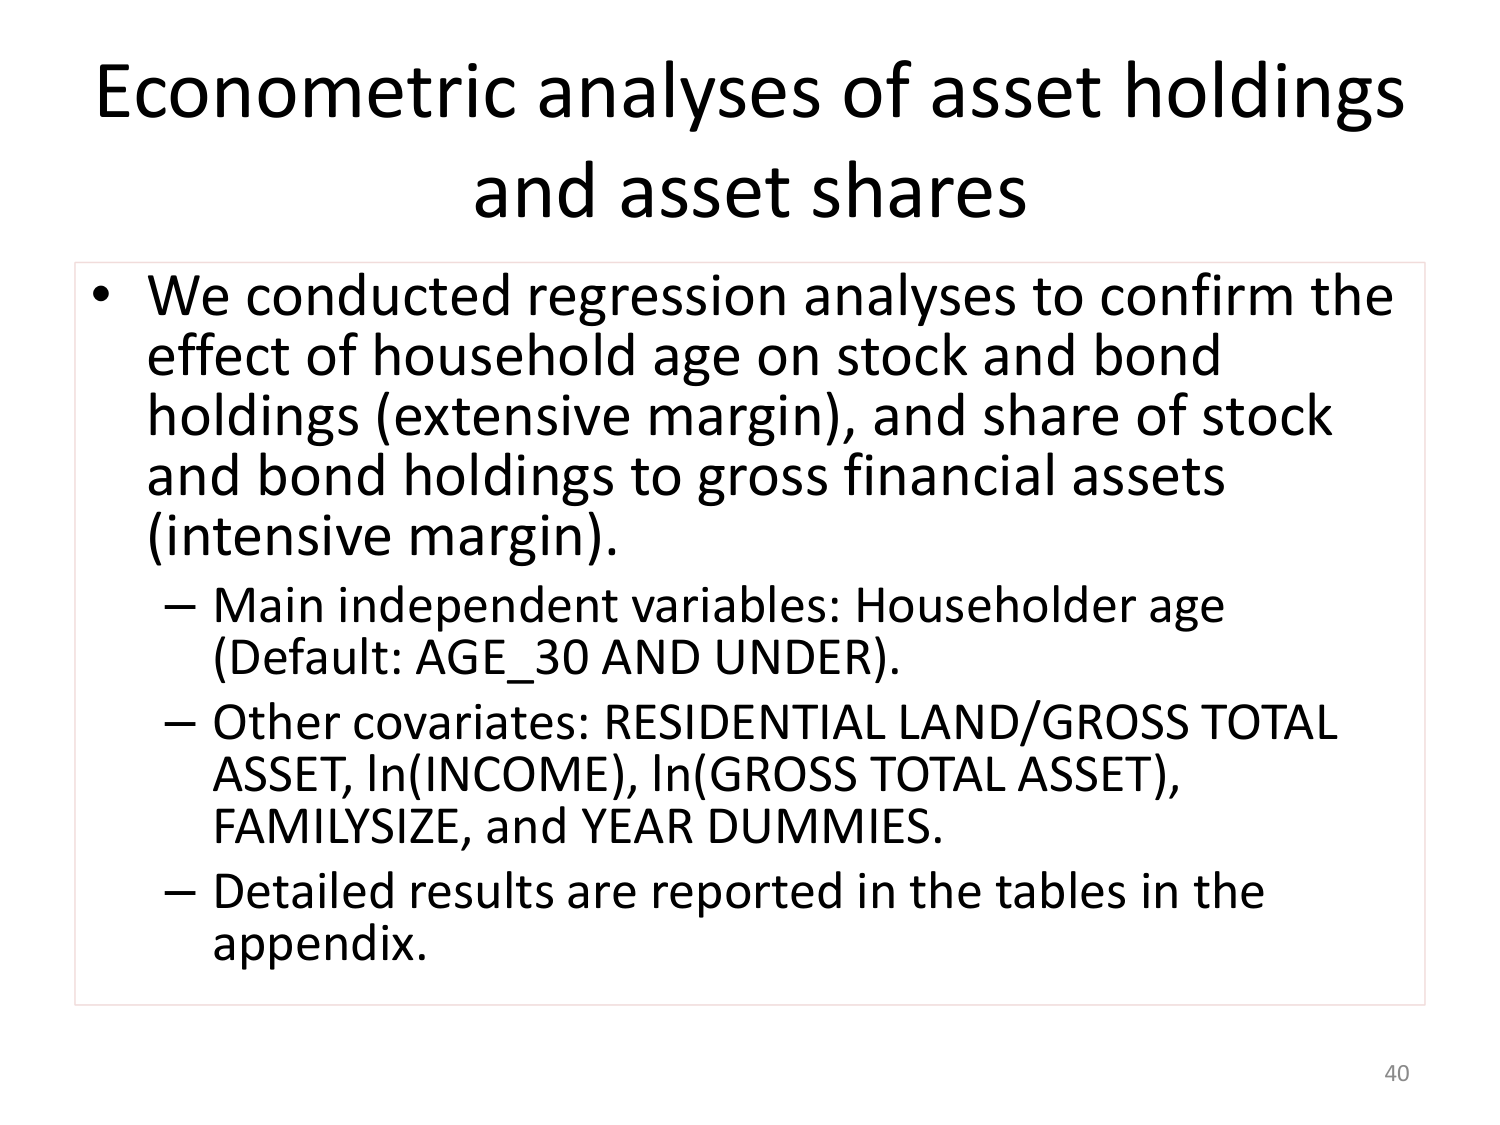
Econometric analyses of asset holdings
and asset shares

• We conducted regression analyses to confirm the
effect of household age on stock and bond
holdings (extensive margin), and share of stock
and bond holdings to gross financial assets
(intensive margin).
– Main independent variables: Householder age
(Default: AGE_30 AND UNDER).
– Other covariates: RESIDENTIAL LAND/GROSS TOTAL
ASSET, ln(INCOME), ln(GROSS TOTAL ASSET),
FAMILYSIZE, and YEAR DUMMIES.
– Detailed results are reported in the tables in the
appendix.

40